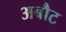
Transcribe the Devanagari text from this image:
अबौट